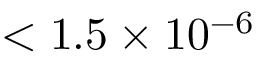
< 1 . 5 \times 1 0 ^ { - 6 }